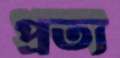
প্রত্য